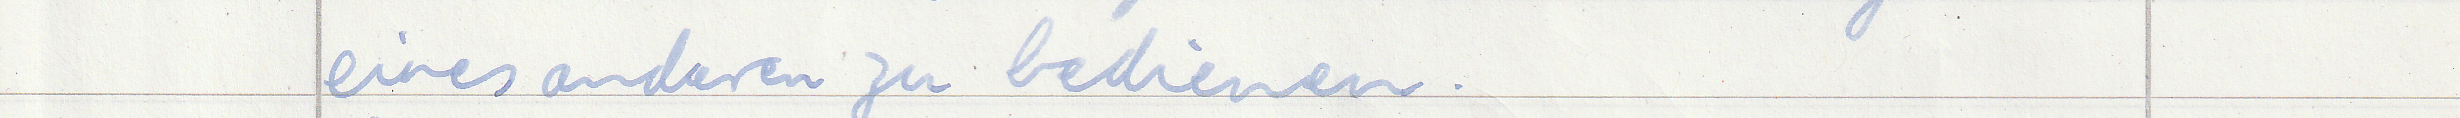
eines anderen zu bedienen.